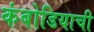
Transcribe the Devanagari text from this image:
कंबोडियाची